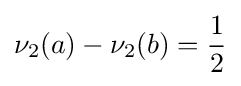
\nu _{2}(a)-\nu _{2}(b)={\frac {1}{2}}